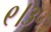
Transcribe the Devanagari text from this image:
९।३५